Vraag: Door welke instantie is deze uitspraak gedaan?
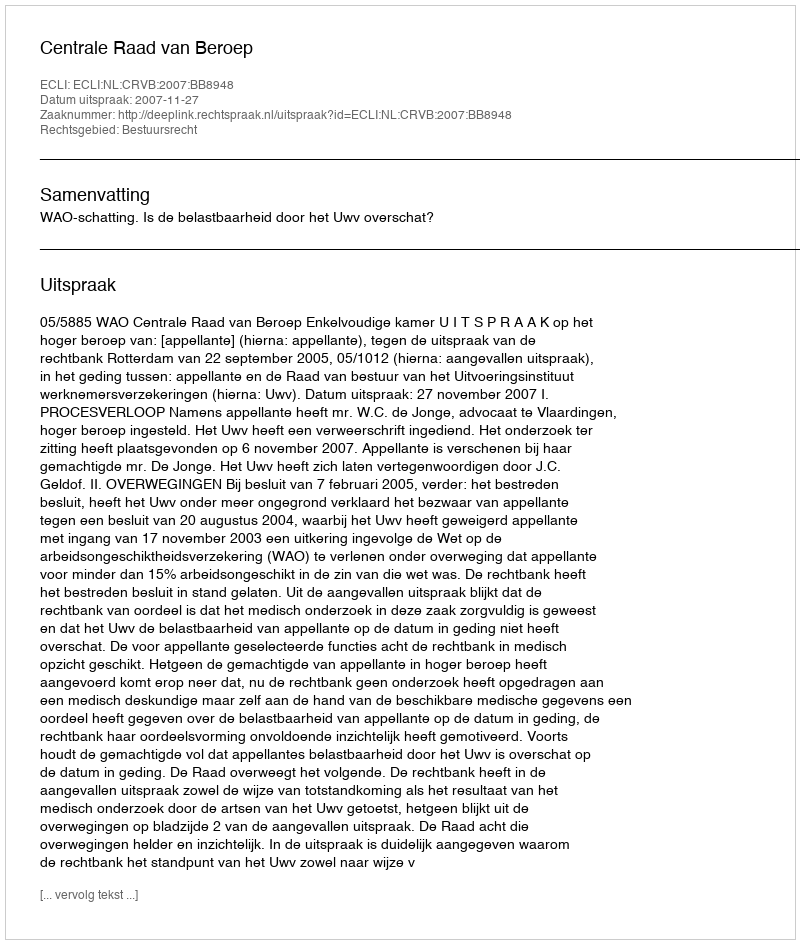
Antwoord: Centrale Raad van Beroep